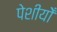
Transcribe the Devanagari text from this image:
पेशीयोँ